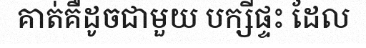
គាត់គឺដូចជាមួយ បក្សីផ្ទះ ដែល